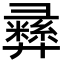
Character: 彞